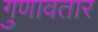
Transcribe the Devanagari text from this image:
गुणावतार